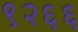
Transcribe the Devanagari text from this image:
९२६६